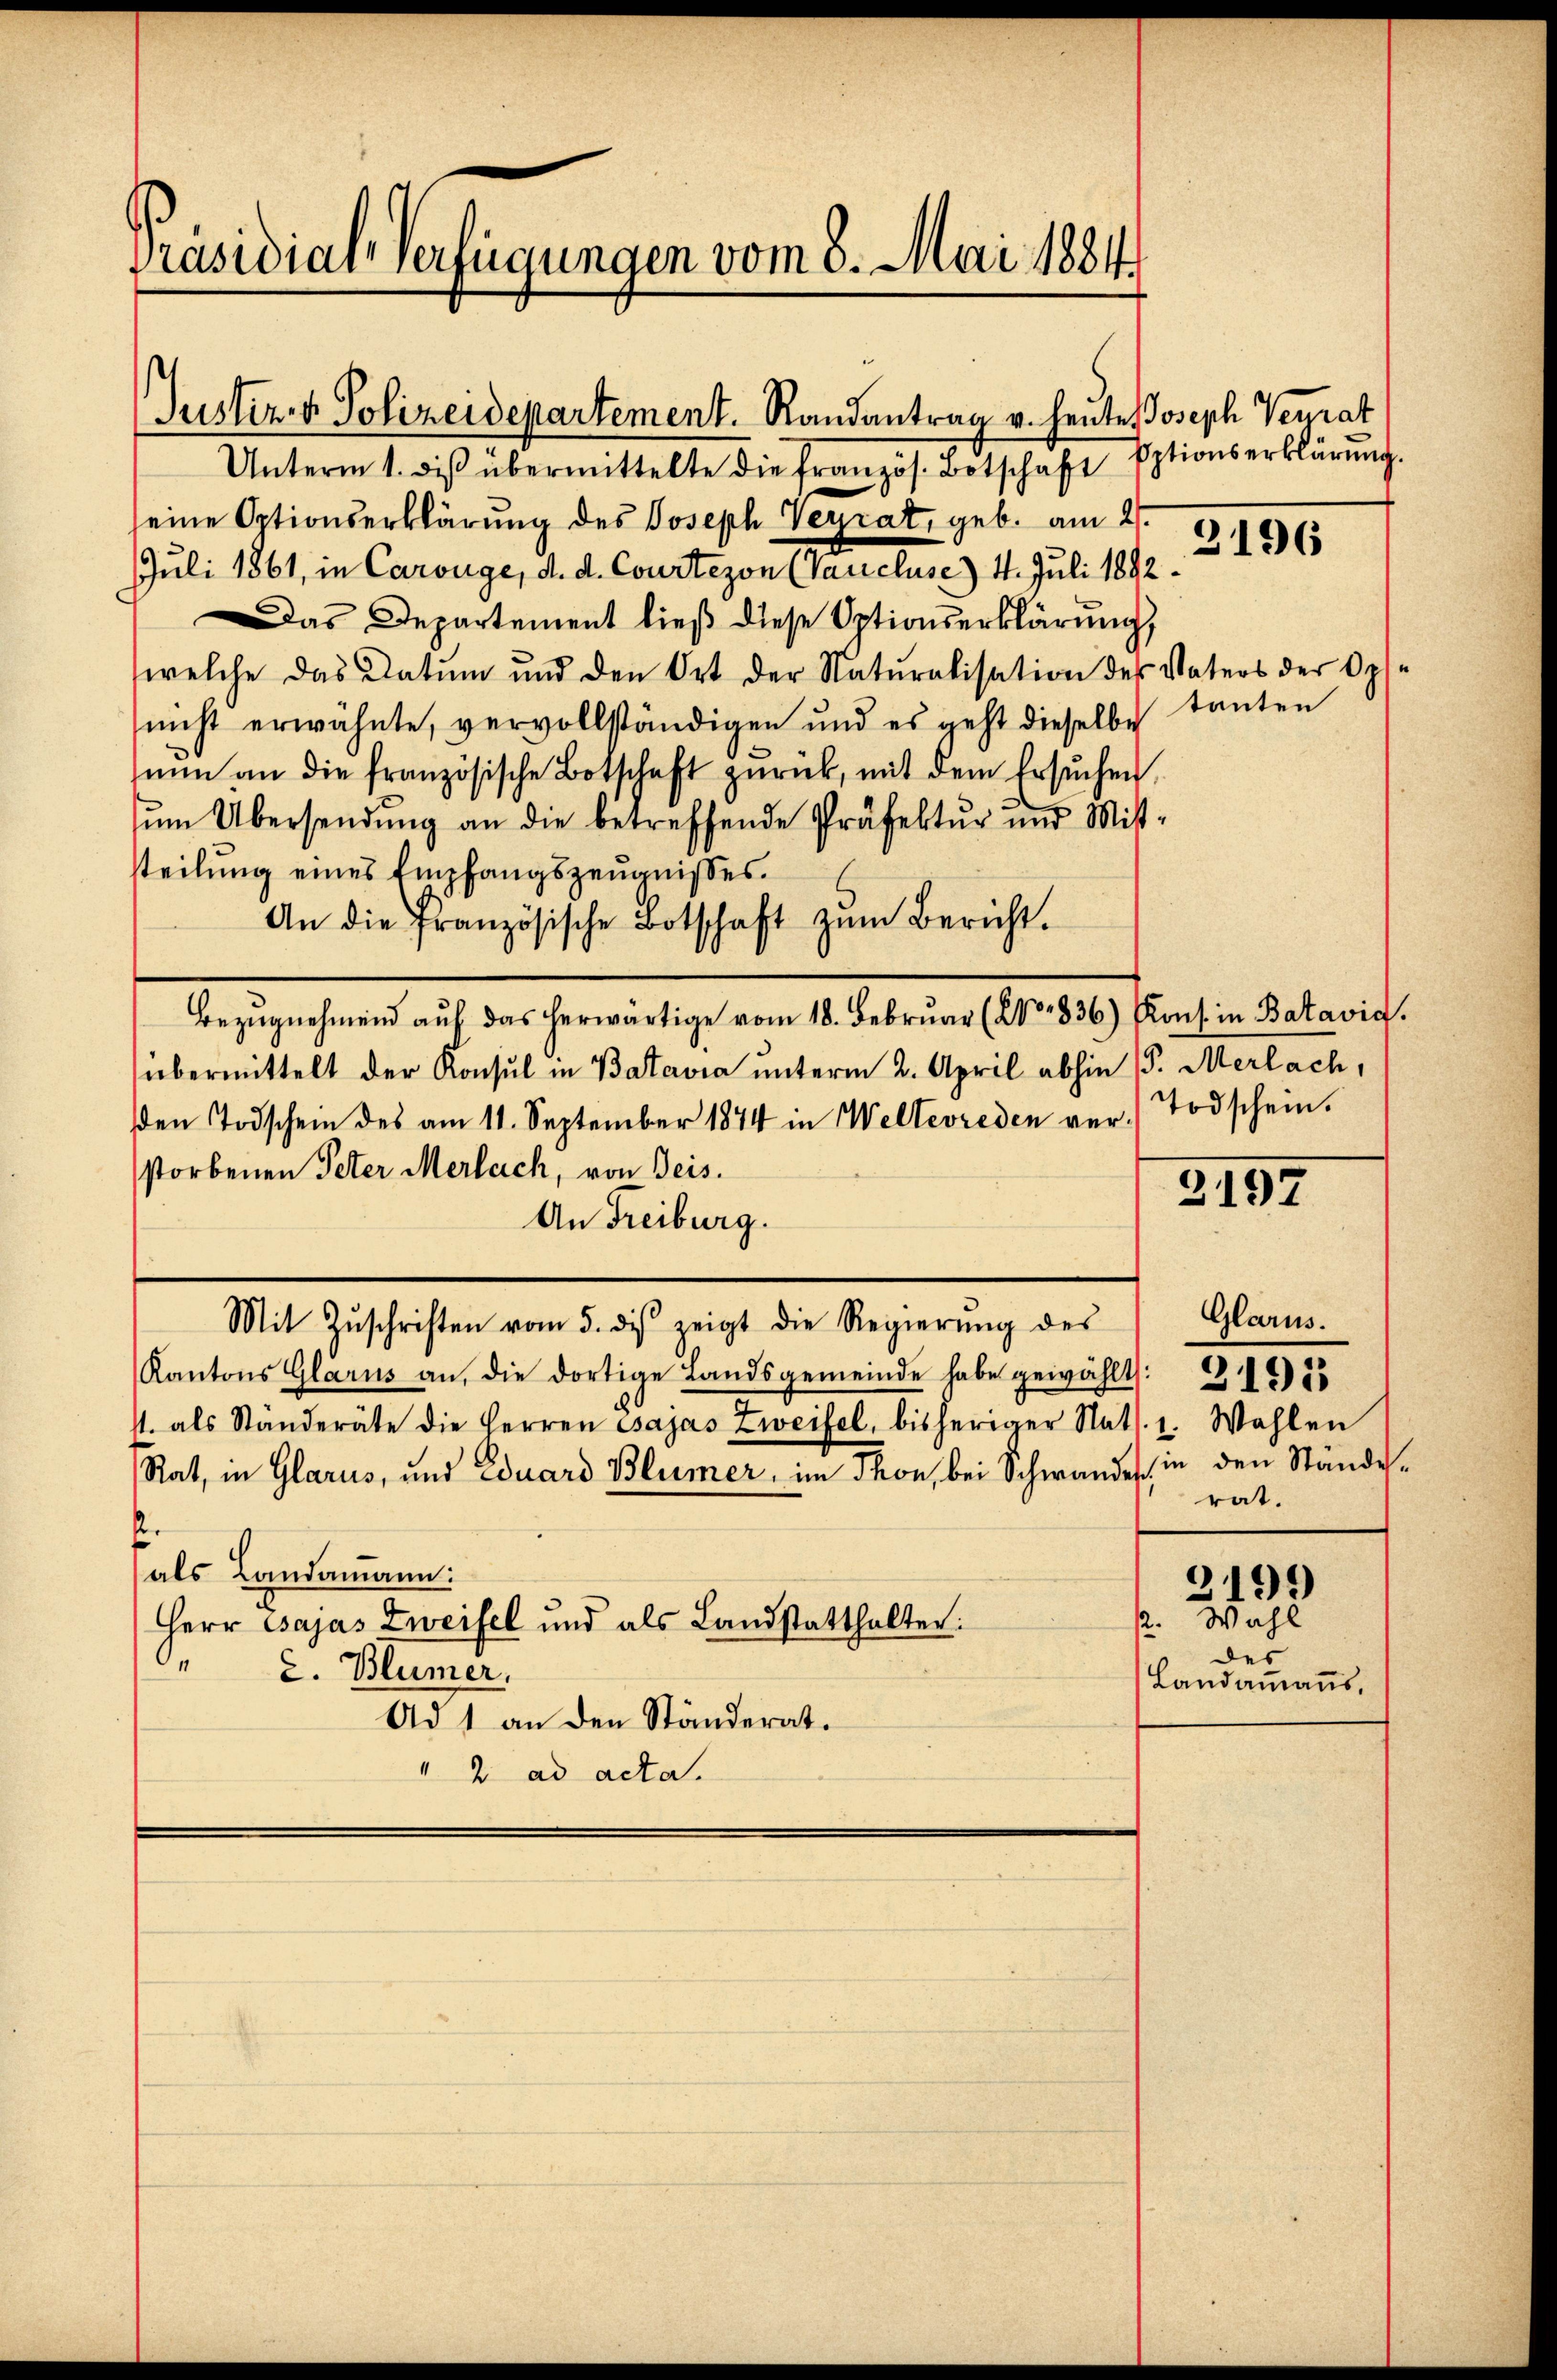
Präsidial-Verfügungen vom 8. Mai 1884

Justiz- & Polizeidepartement. Randantrag v. Heute Joseph Neurat

Unterm 1. diβ übermittelte die französ. Botschaft Optionserklärŭng.
seine Optionserklärung des Joseph Veyrat, geb. am 2.
Juli 1861, in Carouge, d. d. Courtezon (Vaucluse) 4. Juli 1892.
Das Departement ließ diese Optionserklärung,
welche das Datum und den Ort der Naturalisation des Vaters der Opfe
nicht erwähnte, vervollständigen und es geht dieselbe tanten
nŭn an die französische Botschaft zŭrück, mit dem ersŭchen
ŭm Übersendŭng an die betreffende Präfektŭr und Mitt-
steilung eines Empfangszeugnisses.
An die französische Botschaft zŭm Bericht.
Bezŭgnehmend aŭf das herwärtige vom 18. Febrŭar (No 836) Kons. in Batavia.
übermittelt der Konsul in Batavia unterm 2. April abhin (S. Merlach,
den Todschein des am 11. September 1874 in Welterreden ver- Todschein.
storbenen Peter Merlach, von Geis.
An Freiburg.
Mit Zŭschriften vom 5. des zeigt die Regierŭng des
Kantons Glarus an, die dortige Landsgemeinde habe gewählt: 1815
1. als Ständeräte die Herren Gsajas Zweifel, bisheriger Nat. 1. Wahlen
Rat, in Glarus, und Eduard Blümer, im Thon, bei Schwandes, in den Ständef
als Landammann:
Herr Pajas Zweifel und als Landstatthalter:
2. Blümer.
Ad 1 an den Ständerat.
2 ad acta.

2196

3197

Glarus.
rat.
3199
p. Wahl
des
Landammanns,